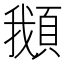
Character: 𩒰